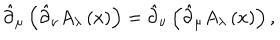
\hat { \partial } _ { \mu } \left( \hat { \partial } _ { \nu } A _ { \lambda } \left( x \right) \right) = \hat { \partial } _ { \nu } \left( \hat { \partial } _ { \mu } A _ { \lambda } \left( x \right) \right) ,